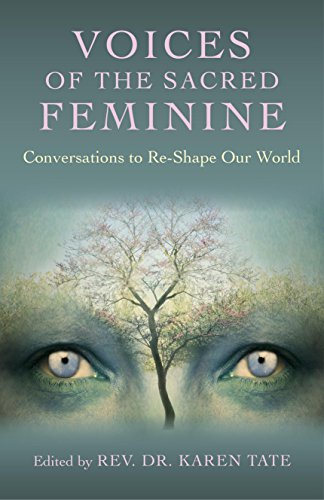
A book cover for Voices of the Sacred Feminine: Conversations to Re-Shape Our World; Religion & Spirituality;